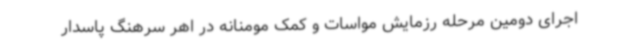
اجرای دومین مرحله رزمایش مواسات و کمک مومنانه در اهر سرهنگ پاسدار